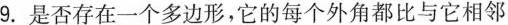
9.是否存在一个多边形，它的每个外角都比与它相邻